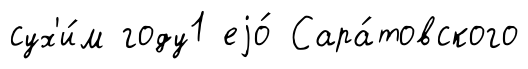
сух'и́м году1 еjо́ Сара́товского